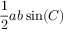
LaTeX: { \frac { 1 } { 2 } } a b \sin ( C ) \,